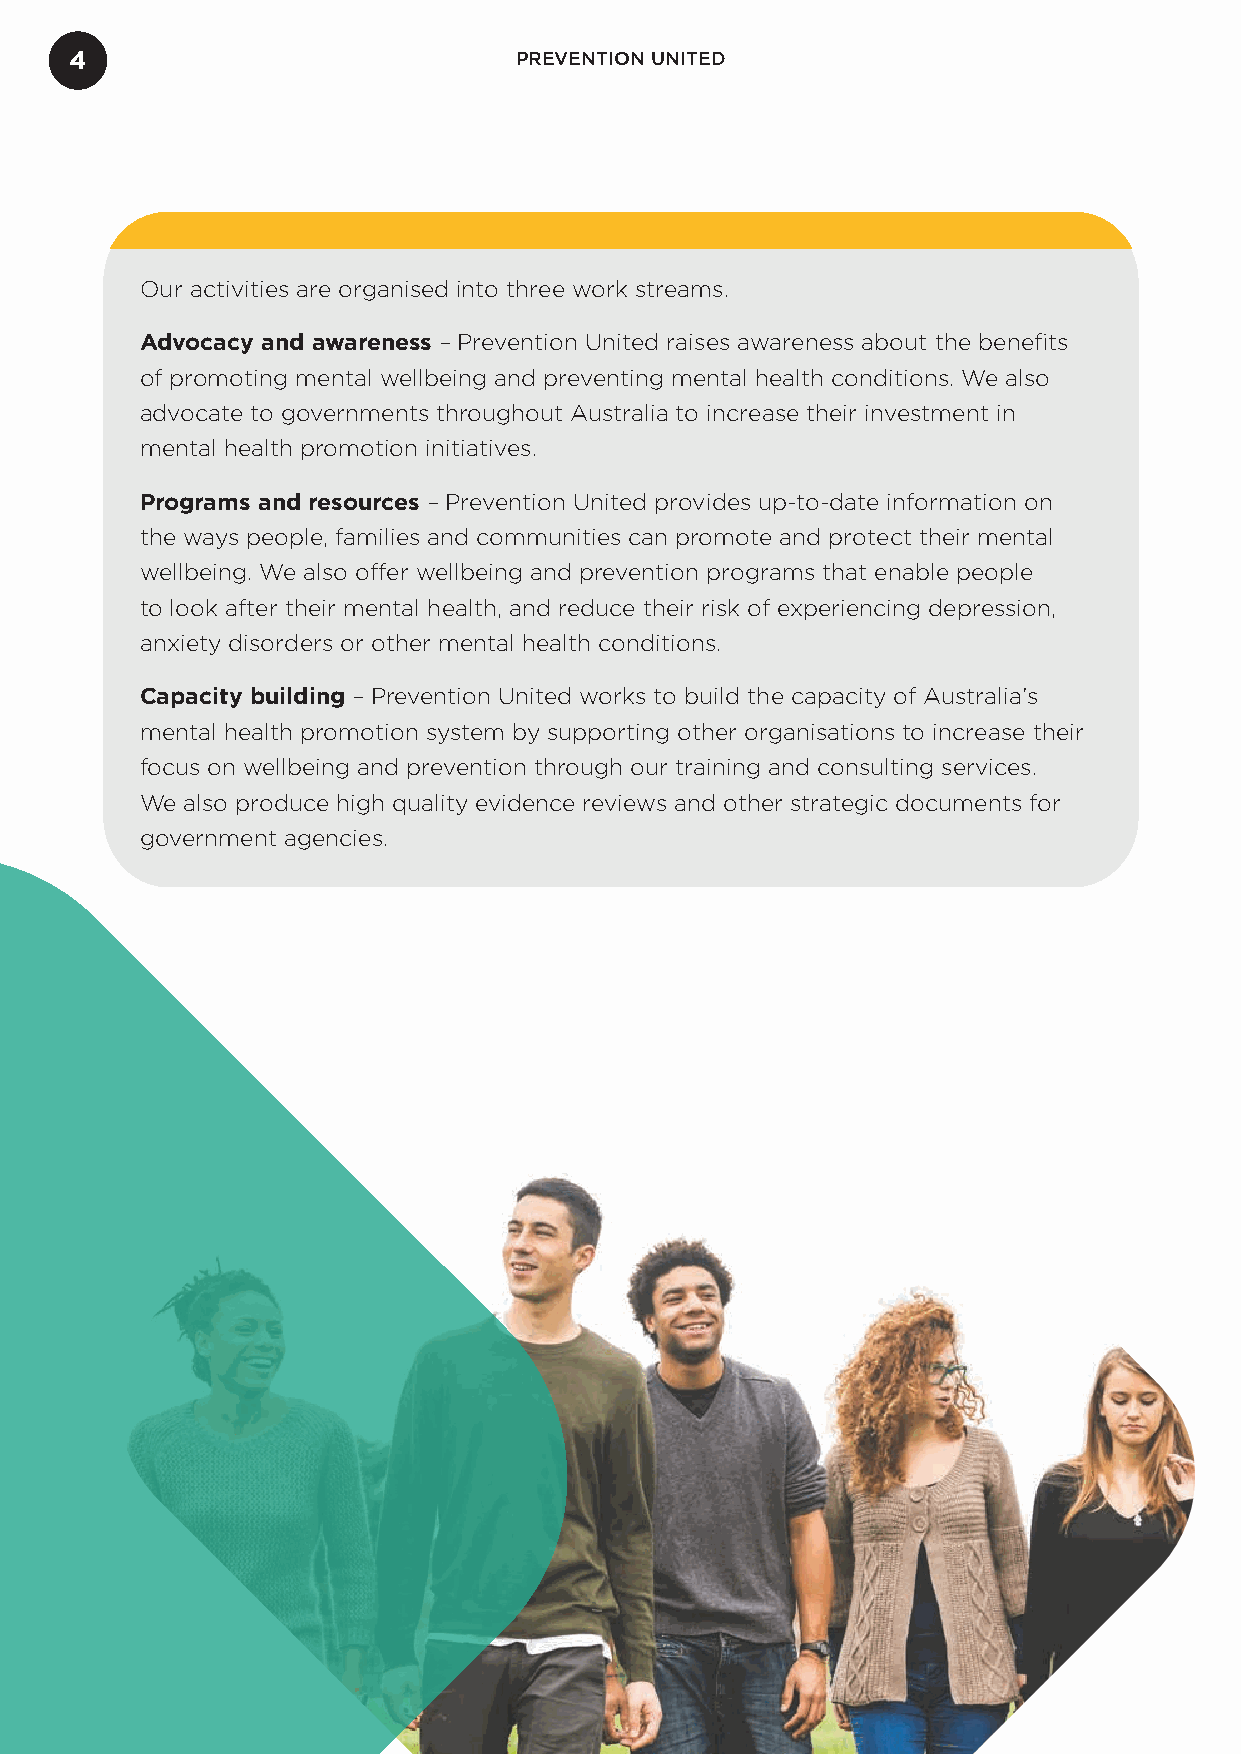
4                            PREVENTION UNITED
 Our activities are organised into three work streams.
 Advocacy and awareness – Prevention United raises awareness about the benefits
 of promoting mental wellbeing and preventing mental health conditions. We also
 advocate to governments throughout Australia to increase their investment in
 mental health promotion initiatives.
 Programs and resources – Prevention United provides up-to-date information on
 the ways people, families and communities can promote and protect their mental
 wellbeing. We also offer wellbeing and prevention programs that enable people
 to look after their mental health, and reduce their risk of experiencing depression,
 anxiety disorders or other mental health conditions.
 Capacity building – Prevention United works to build the capacity of Australia’s
 mental health promotion system by supporting other organisations to increase their
 focus on wellbeing and prevention through our training and consulting services.
 We also produce high quality evidence reviews and other strategic documents for
 government agencies.